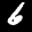
Label: 6